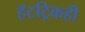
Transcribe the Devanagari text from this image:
हॅटट्रिकही